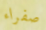
صفراء